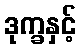
ဒုက္ခနှင့်